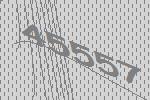
45557